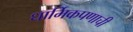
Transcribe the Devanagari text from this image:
धार्मिकपणाची